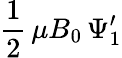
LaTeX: \frac{1}{2}\, \mu B_{0}\, \Psi_{1}^{\prime}